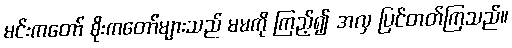
မင်းကတော် စိုးကတော်များသည် မမကို ကြည့်၍ အလှ ပြင်တတ်ကြသည်။